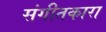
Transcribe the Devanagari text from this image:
संगीतकारा